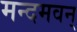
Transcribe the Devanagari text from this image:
मन्दमवन्